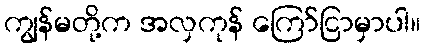
ကျွန်မတို့က အလှကုန် ကြော်ငြာမှာပါ။